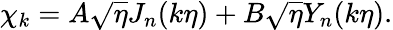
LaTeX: \chi_{k}=A\sqrt{\eta}J_{n}(k\eta)+B\sqrt{\eta}Y_{n}(k\eta).